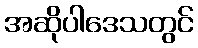
အဆိုပါဒေသတွင်